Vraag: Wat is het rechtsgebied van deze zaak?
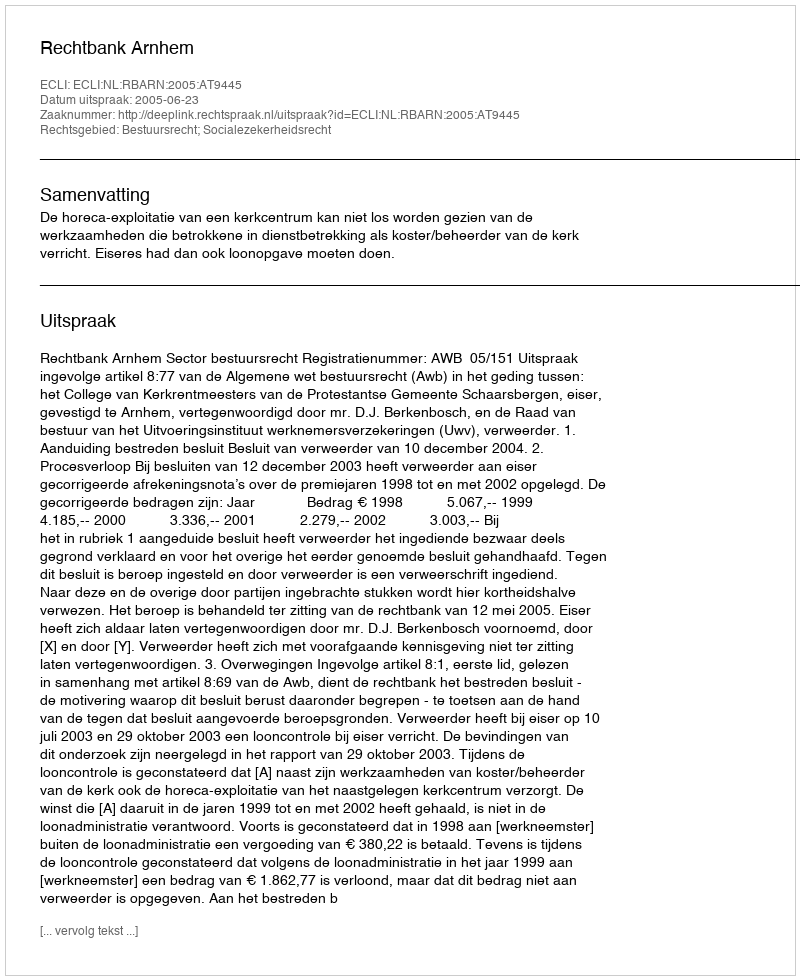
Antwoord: Bestuursrecht; Socialezekerheidsrecht